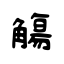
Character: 觴